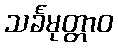
သင်္ခမုတ္တာဝ